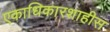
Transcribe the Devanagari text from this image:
एकाधिकारशाहीस